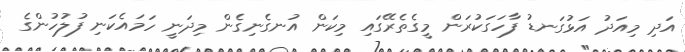
އަދި މިއަދު އަޅުގަނޑު ފާހަގަކުރަން މީގެތެރޭގައި މިކަން އުނގެނިގެން މިދަނީ ހަމައެކަނި ފުލުހުންގެ